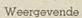
Weergevende